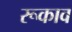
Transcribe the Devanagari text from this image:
रूकाव